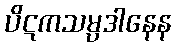
ပိဋကသမ္ပဒါနေန